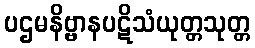
ပဌမနိဗ္ဗာနပဋိသံယုတ္တသုတ္တ